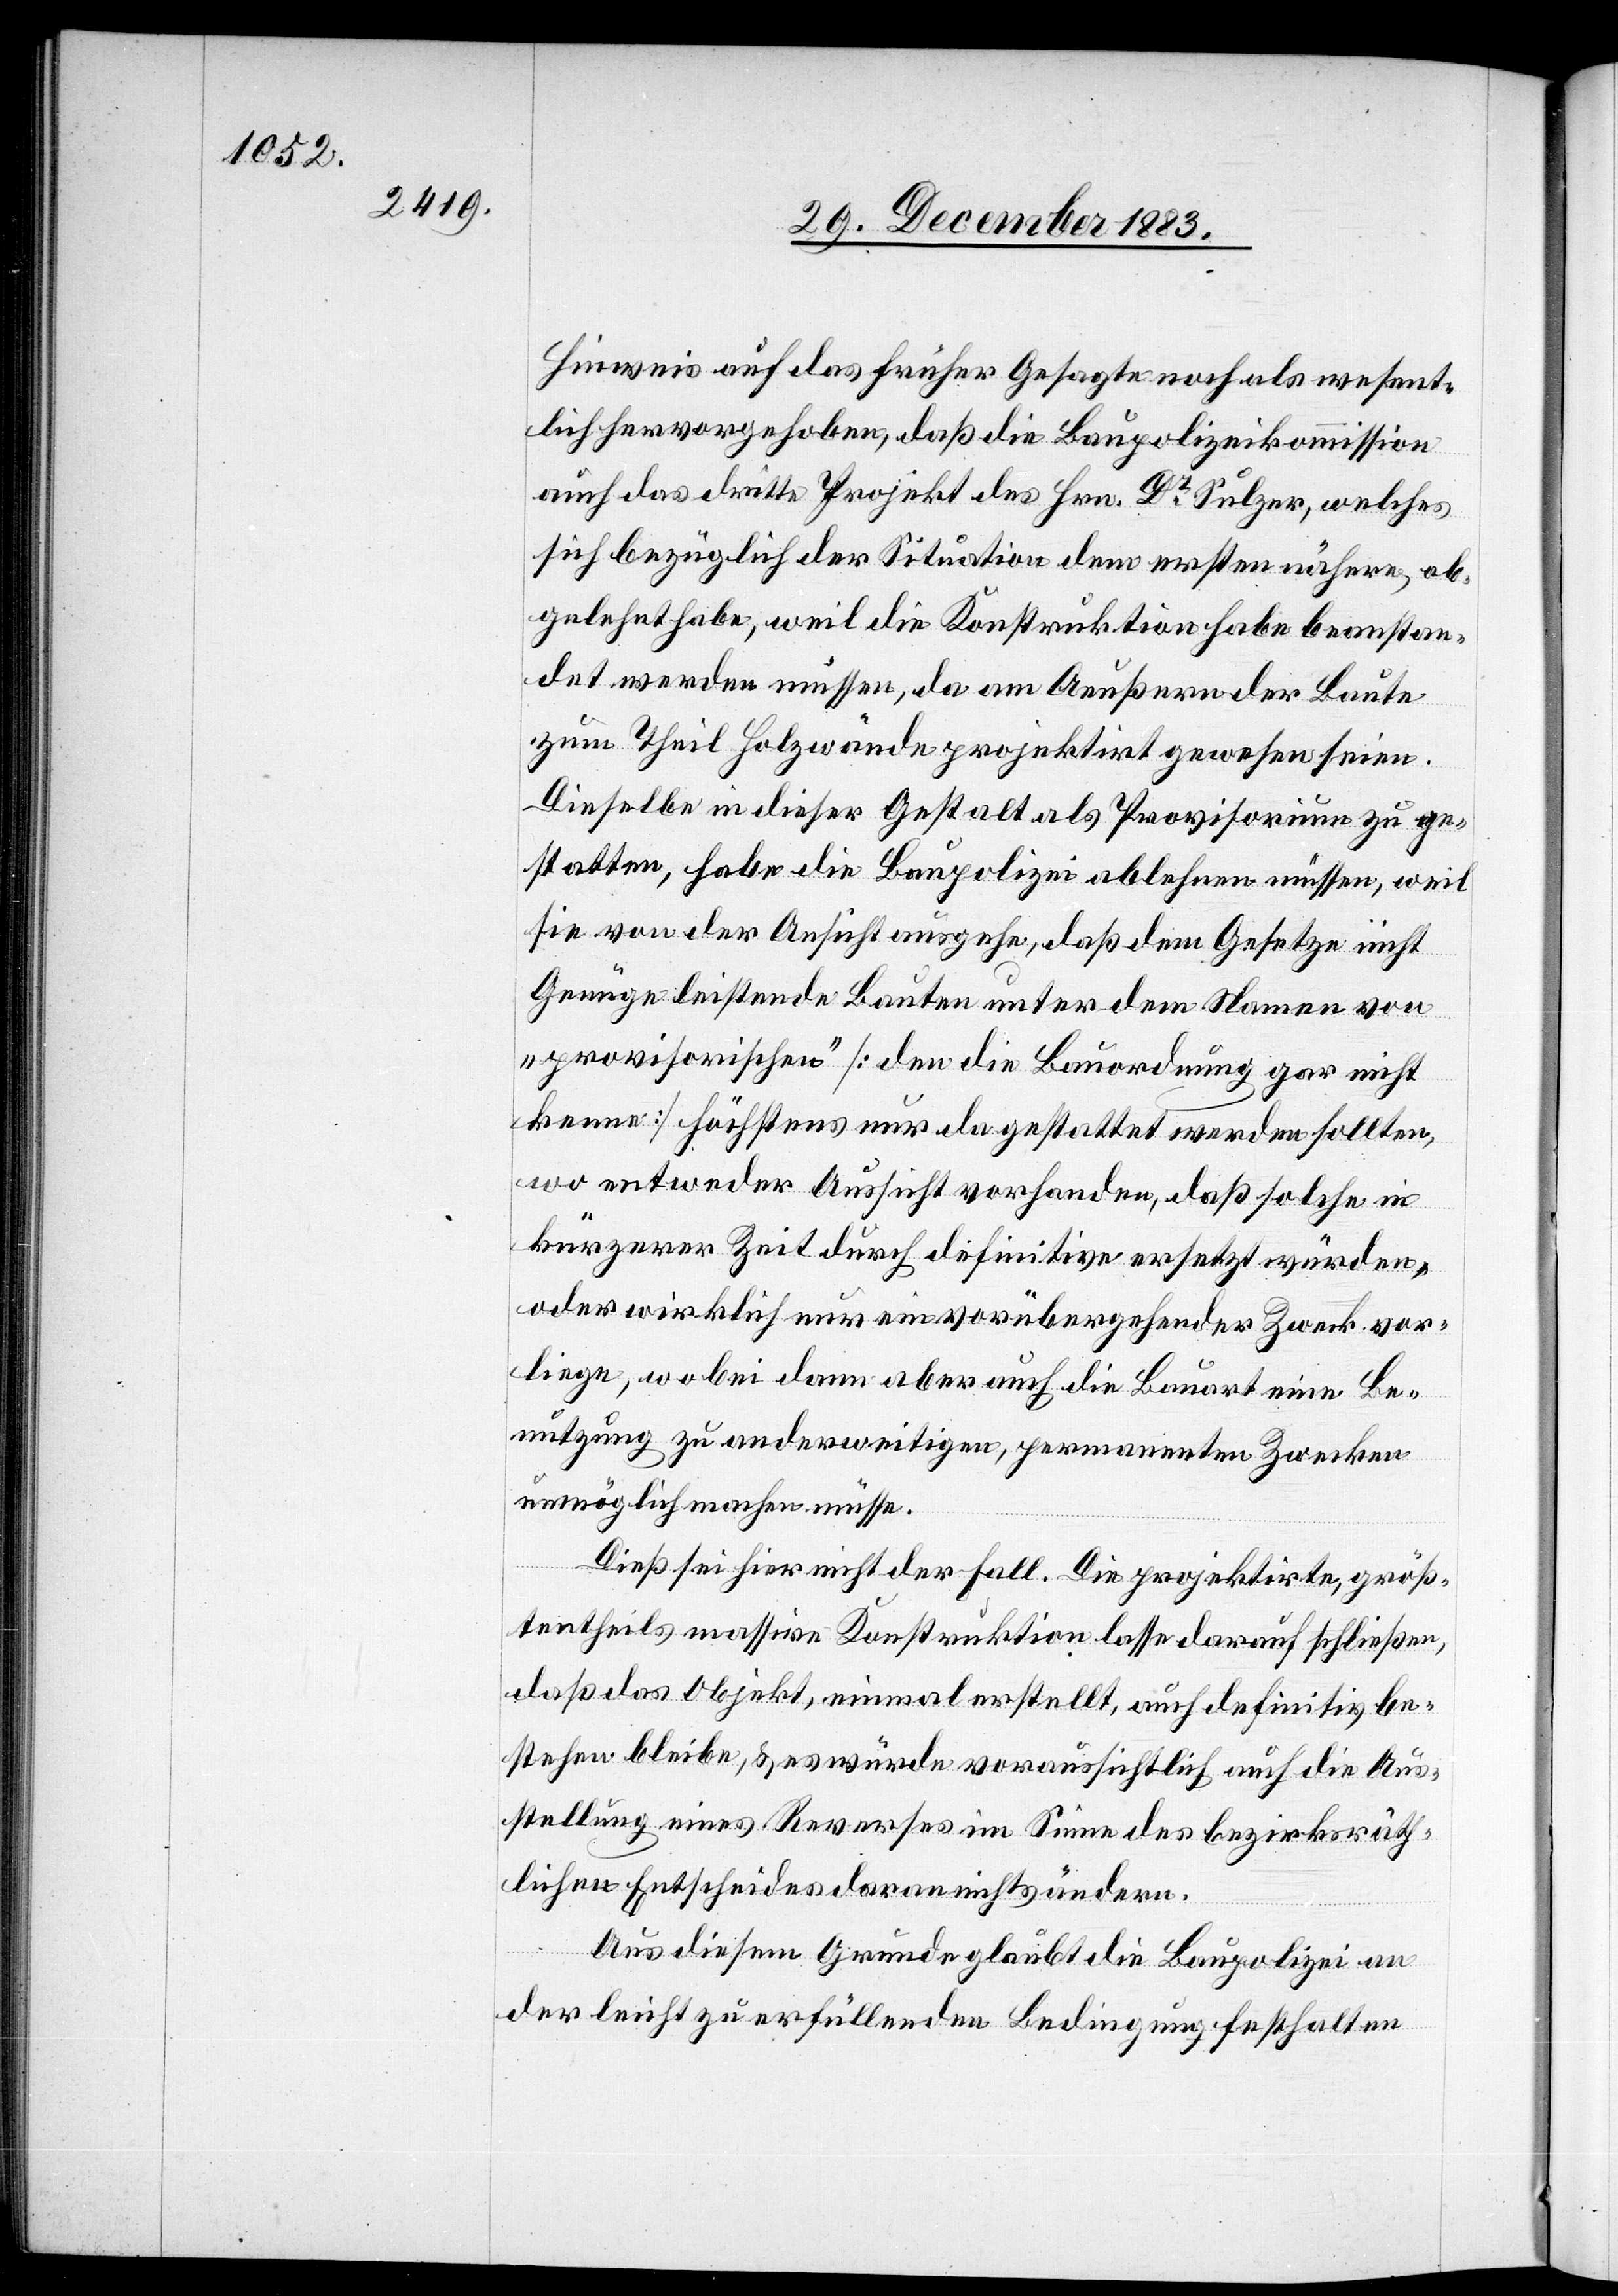
Hinweis auf das früher Gesagte noch als wesent¬
lich hervorgehoben, daß die Baupolizeikommission
auch das dritte Projekt des Hrn. Dr Sulzer, welches
sich bezüglich der Situation dem ersten nähere, ab¬
gelehnt habe, weil die Konstruktion habe beanstan¬
det werden müssen, da am Aeußern der Baute
zum Theil Holzwände projektirt gewesen seien.
Dieselbe in dieser Gestalt als Provisorium zu ge¬
statten, habe die Baupolizei ablehnen müssen, weil
sie von der Ansicht ausgehe, daß dem Gesetze nicht
Genüge leistende Bauten unter dem Namen von
„provisorischen“ [den die Bauordnung gar nicht
kenne] höchstens nur da gestattet werden sollten,
wo entweder Aussicht vorhanden, daß solche in
kürzerer Zeit durch definitive ersetzt würden,
oder wirklich nur ein vorübergehender Zweck vor¬
liege, wobei dann aber auch die Bauart eine Be¬
nutzung zu anderweitigen, permanenten Zwecken
unmöglich machen müsse.
Dieß sei hier nicht der Fall. Die projektirte, größ¬
tentheils massive Konstruktion lasse darauf schließen,
daß das Objekt, einmal erstellt, auch definitiv be¬
stehen bleibe, & es würde voraussichtlich auch die Aus¬
stellung eines Reverses im Sinne des bezirksräth¬
lichen Entscheides daran nichts ändern.
Aus diesem Grunde glaubt die Baupolizei an
der leicht zu erfüllenden Bedingung festhalten